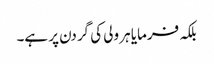
بلکہ فرمایا ہر ولی کی گردن پر ہے۔